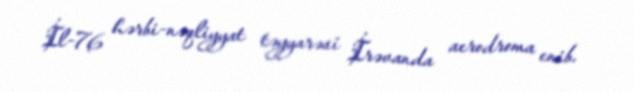
İl-76 hərbi-nəqliyyat təyyarəsi İrəvanda aerodroma enib.